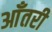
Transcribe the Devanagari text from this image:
आँतरी